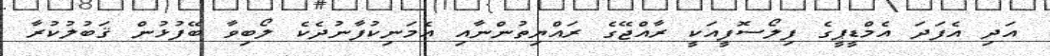
އަދި އެފަދަ އެމްޑީޕީގެ ފިލޯސޮފީއަކީ ރާއްޖޭގެ ރައްޔިތުންނާއި އެމަނިކުފާނުދެކެ ލޯބިވާ ބޭފުޅުން ޤަބުލުކުރާ